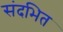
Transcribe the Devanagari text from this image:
संदभित